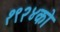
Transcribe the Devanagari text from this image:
१९२४को